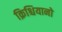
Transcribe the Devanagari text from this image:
क्रिश्चियानो